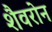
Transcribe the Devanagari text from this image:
शैवरोन